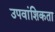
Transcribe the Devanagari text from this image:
उपवांशिकता